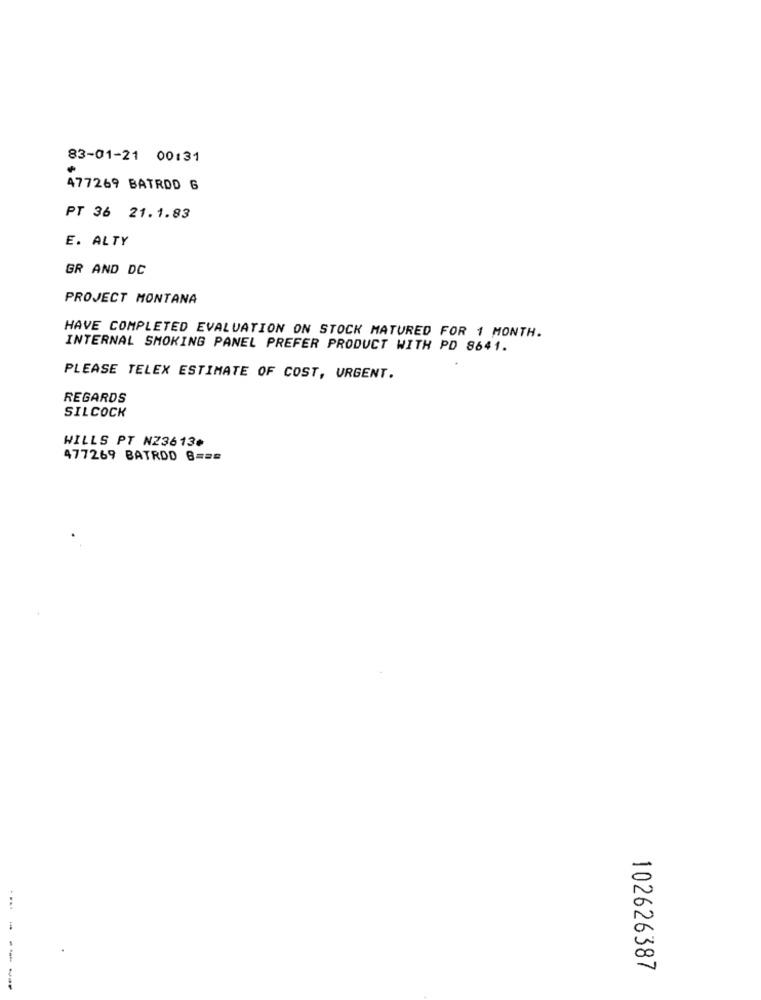
83-01-21 00:31
477269 BATRDD 6
PT 36 21.1.83
E. ALTY
GR AND DC
PROJECT MONTANA
HAVE COMPLETED EVALUATION ON STOCK MATURED FOR 1 MONTH.
INTERNAL SMOKING PANEL PREFER PRODUCT WITH PD 8641.
PLEASE TELEX ESTIMATE OF COST, URGENT.
REGARDS
SILCOCK
WILLS PT NZ3613¢
477269 BATROD 6 ===
--
102626387